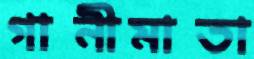
গানীমাতা